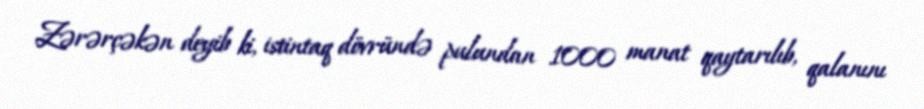
Zərərçəkən deyib ki, istintaq dövründə pulundan 1000 manat qaytarılıb, qalanını